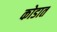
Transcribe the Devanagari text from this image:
कोडात